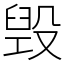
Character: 毁